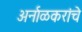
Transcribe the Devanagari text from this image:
अर्नाळकरांचे